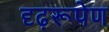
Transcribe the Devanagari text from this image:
दृढ़रूपेण